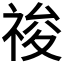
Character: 𥚂